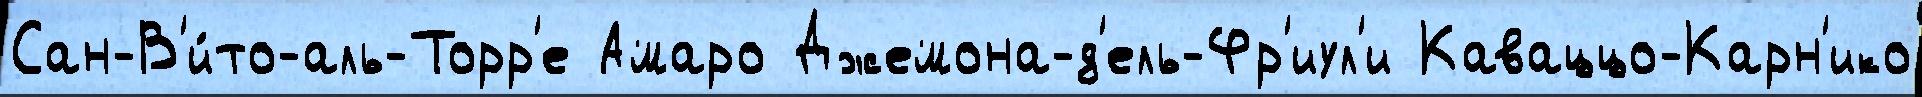
Сан-В'и́то-аль-Торр'е Амаро Джемона-д'ель-Фр'иул'и Каваццо-Карн'ико